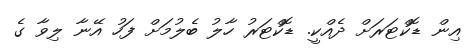
އިން ޑޮކްޓަރަށް ދެއްކީ. ޑޮކްޓަރު ހާލު ބެލުމަށް ފަހު އޭނާ ލިވާ ގެ